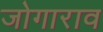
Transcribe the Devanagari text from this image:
जोगाराव